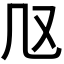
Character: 𠘫